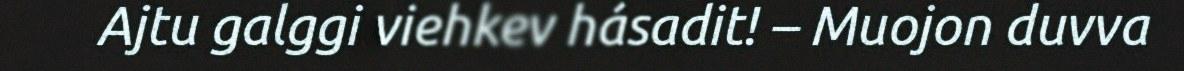
Ajtu galggi viehkev hásadit! – Muojon duvva